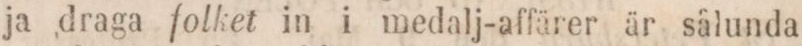
ja draga folket in i medalj-affärer är sälunda